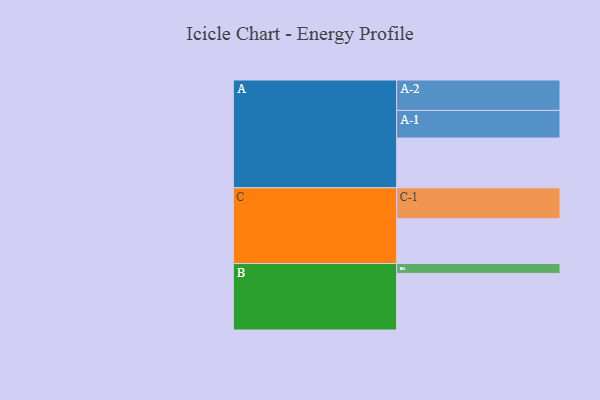
{"axis": {"x": "Segment", "y": "Value"}, "legend": ["", "A", "B", "C"], "data": [{"x": "A", "y": 437, "type": ""}, {"x": "B", "y": 497, "type": ""}, {"x": "C", "y": 393, "type": ""}, {"x": "A-1", "y": 243, "type": "A"}, {"x": "A-2", "y": 267, "type": "A"}, {"x": "B-1", "y": 87, "type": "B"}, {"x": "C-1", "y": 272, "type": "C"}]}